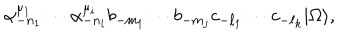
LaTeX: \alpha _ { - n _ { 1 } } ^ { \mu _ { 1 } } \cdots \alpha _ { - n _ { i } } ^ { \mu _ { i } } b _ { - m _ { 1 } } \cdots b _ { - m _ { j } } c _ { - \ell _ { 1 } } \cdots c _ { - \ell _ { k } } | \Omega \rangle ,